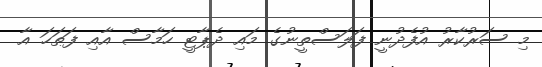
މި ސަރުކާރު އުފެދުނީ ފަލަސްތީނުގެ މައި ދެޕާޓީ ހަމާސް އާއި ފަޠަހަ އާ